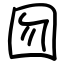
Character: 囫